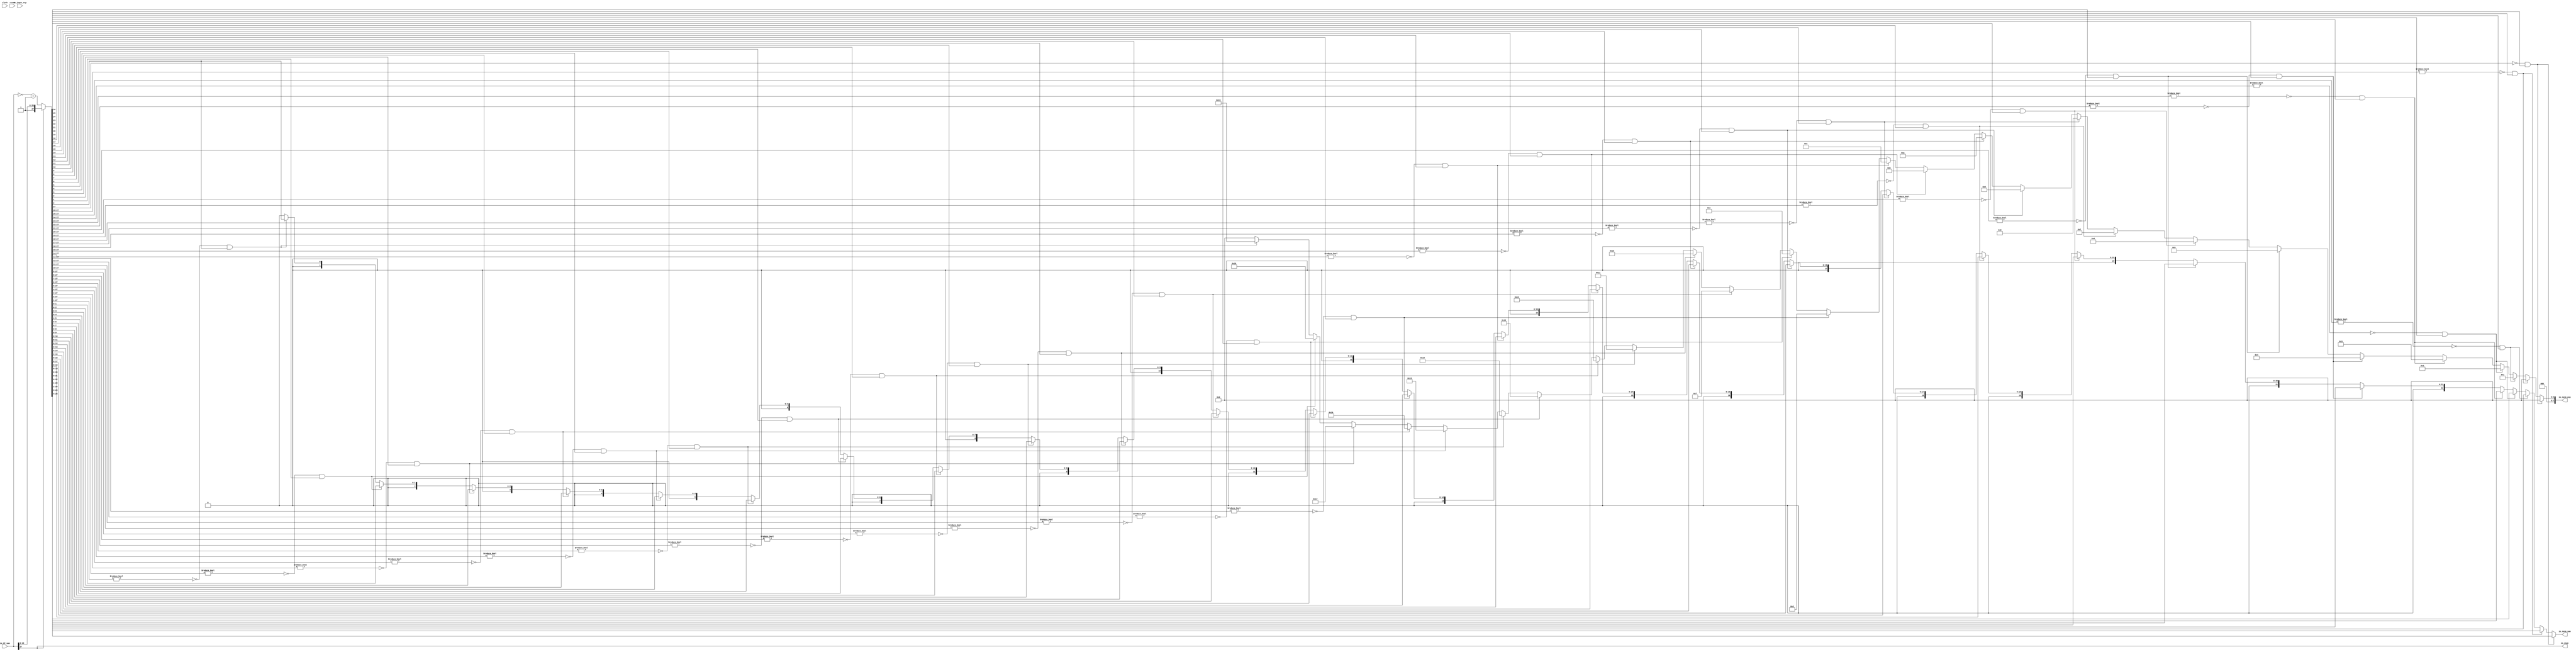
module final_norm_noSUB( // @[:@3.2]
  input         clock, // @[:@4.4]
  input         reset, // @[:@5.4]
  input  [8:0]  io_input_exp, // @[:@6.4]
  input  [27:0] io_PP_sum, // @[:@6.4]
  output [22:0] io_norm_sum, // @[:@6.4]
  output [7:0]  io_norm_exp, // @[:@6.4]
  output        io_sign // @[:@6.4]
);
  wire  POS_or_NEG; // @[norm.scala 14:32:@9.4]
  wire [27:0] _T_23; // @[norm.scala 18:51:@16.4]
  wire [28:0] _T_25; // @[norm.scala 18:62:@17.4]
  wire [27:0] _T_26; // @[norm.scala 18:62:@18.4]
  wire [27:0] unsign_sum; // @[norm.scala 18:22:@19.4]
  wire  _T_60; // @[norm.scala 22:42:@22.4]
  wire  _T_64; // @[norm.scala 22:53:@24.4]
  wire  _T_65; // @[norm.scala 22:73:@25.4]
  wire  leading_vector_26; // @[norm.scala 22:61:@27.4]
  wire [1:0] _T_72; // @[norm.scala 23:41:@30.4]
  wire  _T_74; // @[norm.scala 23:50:@31.4]
  wire  _T_76; // @[norm.scala 23:54:@32.4]
  wire  _T_77; // @[norm.scala 23:74:@33.4]
  wire  leading_vector_25; // @[norm.scala 23:62:@35.4]
  wire [2:0] _T_84; // @[norm.scala 24:41:@38.4]
  wire  _T_86; // @[norm.scala 24:50:@39.4]
  wire  _T_88; // @[norm.scala 24:54:@40.4]
  wire  _T_89; // @[norm.scala 24:74:@41.4]
  wire  leading_vector_24; // @[norm.scala 24:62:@43.4]
  wire [3:0] _T_96; // @[norm.scala 25:41:@46.4]
  wire  _T_98; // @[norm.scala 25:50:@47.4]
  wire  _T_100; // @[norm.scala 25:53:@48.4]
  wire  _T_101; // @[norm.scala 25:73:@49.4]
  wire  leading_vector_23; // @[norm.scala 25:61:@51.4]
  wire [4:0] _T_108; // @[norm.scala 26:41:@54.4]
  wire  _T_110; // @[norm.scala 26:50:@55.4]
  wire  _T_112; // @[norm.scala 26:53:@56.4]
  wire  _T_113; // @[norm.scala 26:73:@57.4]
  wire  leading_vector_22; // @[norm.scala 26:61:@59.4]
  wire [5:0] _T_120; // @[norm.scala 27:41:@62.4]
  wire  _T_122; // @[norm.scala 27:50:@63.4]
  wire  _T_124; // @[norm.scala 27:53:@64.4]
  wire  _T_125; // @[norm.scala 27:73:@65.4]
  wire  leading_vector_21; // @[norm.scala 27:61:@67.4]
  wire [6:0] _T_132; // @[norm.scala 28:41:@70.4]
  wire  _T_134; // @[norm.scala 28:50:@71.4]
  wire  _T_136; // @[norm.scala 28:54:@72.4]
  wire  _T_137; // @[norm.scala 28:74:@73.4]
  wire  leading_vector_20; // @[norm.scala 28:62:@75.4]
  wire [7:0] _T_144; // @[norm.scala 29:41:@78.4]
  wire  _T_146; // @[norm.scala 29:50:@79.4]
  wire  _T_148; // @[norm.scala 29:54:@80.4]
  wire  _T_149; // @[norm.scala 29:74:@81.4]
  wire  leading_vector_19; // @[norm.scala 29:62:@83.4]
  wire [8:0] _T_156; // @[norm.scala 30:41:@86.4]
  wire  _T_158; // @[norm.scala 30:50:@87.4]
  wire  _T_160; // @[norm.scala 30:54:@88.4]
  wire  _T_161; // @[norm.scala 30:74:@89.4]
  wire  leading_vector_18; // @[norm.scala 30:62:@91.4]
  wire [9:0] _T_168; // @[norm.scala 31:41:@94.4]
  wire  _T_170; // @[norm.scala 31:50:@95.4]
  wire  _T_172; // @[norm.scala 31:54:@96.4]
  wire  _T_173; // @[norm.scala 31:74:@97.4]
  wire  leading_vector_17; // @[norm.scala 31:62:@99.4]
  wire [10:0] _T_180; // @[norm.scala 32:41:@102.4]
  wire  _T_182; // @[norm.scala 32:50:@103.4]
  wire  _T_184; // @[norm.scala 32:54:@104.4]
  wire  _T_185; // @[norm.scala 32:74:@105.4]
  wire  leading_vector_16; // @[norm.scala 32:62:@107.4]
  wire [11:0] _T_192; // @[norm.scala 34:41:@110.4]
  wire  _T_194; // @[norm.scala 34:50:@111.4]
  wire  _T_196; // @[norm.scala 34:54:@112.4]
  wire  _T_197; // @[norm.scala 34:74:@113.4]
  wire  leading_vector_15; // @[norm.scala 34:62:@115.4]
  wire [12:0] _T_204; // @[norm.scala 35:41:@118.4]
  wire  _T_206; // @[norm.scala 35:50:@119.4]
  wire  _T_208; // @[norm.scala 35:54:@120.4]
  wire  _T_209; // @[norm.scala 35:74:@121.4]
  wire  leading_vector_14; // @[norm.scala 35:62:@123.4]
  wire [13:0] _T_216; // @[norm.scala 36:41:@126.4]
  wire  _T_218; // @[norm.scala 36:50:@127.4]
  wire  _T_220; // @[norm.scala 36:54:@128.4]
  wire  _T_221; // @[norm.scala 36:74:@129.4]
  wire  leading_vector_13; // @[norm.scala 36:62:@131.4]
  wire [14:0] _T_228; // @[norm.scala 37:41:@134.4]
  wire  _T_230; // @[norm.scala 37:50:@135.4]
  wire  _T_232; // @[norm.scala 37:54:@136.4]
  wire  _T_233; // @[norm.scala 37:74:@137.4]
  wire  leading_vector_12; // @[norm.scala 37:62:@139.4]
  wire [15:0] _T_240; // @[norm.scala 38:41:@142.4]
  wire  _T_242; // @[norm.scala 38:50:@143.4]
  wire  _T_244; // @[norm.scala 38:54:@144.4]
  wire  _T_245; // @[norm.scala 38:74:@145.4]
  wire  leading_vector_11; // @[norm.scala 38:62:@147.4]
  wire [16:0] _T_252; // @[norm.scala 40:41:@150.4]
  wire  _T_254; // @[norm.scala 40:50:@151.4]
  wire  _T_256; // @[norm.scala 40:54:@152.4]
  wire  _T_257; // @[norm.scala 40:74:@153.4]
  wire  leading_vector_10; // @[norm.scala 40:62:@155.4]
  wire [17:0] _T_264; // @[norm.scala 41:40:@158.4]
  wire  _T_266; // @[norm.scala 41:49:@159.4]
  wire  _T_268; // @[norm.scala 41:53:@160.4]
  wire  _T_269; // @[norm.scala 41:73:@161.4]
  wire  leading_vector_9; // @[norm.scala 41:61:@163.4]
  wire [18:0] _T_276; // @[norm.scala 42:40:@166.4]
  wire  _T_278; // @[norm.scala 42:48:@167.4]
  wire  _T_280; // @[norm.scala 42:52:@168.4]
  wire  _T_281; // @[norm.scala 42:72:@169.4]
  wire  leading_vector_8; // @[norm.scala 42:60:@171.4]
  wire [19:0] _T_288; // @[norm.scala 43:40:@174.4]
  wire  _T_290; // @[norm.scala 43:48:@175.4]
  wire  _T_292; // @[norm.scala 43:52:@176.4]
  wire  _T_293; // @[norm.scala 43:72:@177.4]
  wire  leading_vector_7; // @[norm.scala 43:60:@179.4]
  wire [20:0] _T_300; // @[norm.scala 44:40:@182.4]
  wire  _T_302; // @[norm.scala 44:48:@183.4]
  wire  _T_304; // @[norm.scala 44:52:@184.4]
  wire  _T_305; // @[norm.scala 44:72:@185.4]
  wire  leading_vector_6; // @[norm.scala 44:60:@187.4]
  wire [21:0] _T_312; // @[norm.scala 46:40:@190.4]
  wire  _T_314; // @[norm.scala 46:48:@191.4]
  wire  _T_316; // @[norm.scala 46:52:@192.4]
  wire  _T_317; // @[norm.scala 46:72:@193.4]
  wire  leading_vector_5; // @[norm.scala 46:60:@195.4]
  wire [22:0] _T_324; // @[norm.scala 47:40:@198.4]
  wire  _T_326; // @[norm.scala 47:48:@199.4]
  wire  _T_328; // @[norm.scala 47:52:@200.4]
  wire  _T_329; // @[norm.scala 47:72:@201.4]
  wire  leading_vector_4; // @[norm.scala 47:60:@203.4]
  wire [23:0] _T_336; // @[norm.scala 48:40:@206.4]
  wire  _T_338; // @[norm.scala 48:48:@207.4]
  wire  _T_340; // @[norm.scala 48:52:@208.4]
  wire  _T_341; // @[norm.scala 48:72:@209.4]
  wire  leading_vector_3; // @[norm.scala 48:60:@211.4]
  wire [24:0] _T_348; // @[norm.scala 49:40:@214.4]
  wire  _T_350; // @[norm.scala 49:48:@215.4]
  wire  _T_352; // @[norm.scala 49:52:@216.4]
  wire  _T_353; // @[norm.scala 49:72:@217.4]
  wire  leading_vector_2; // @[norm.scala 49:60:@219.4]
  wire [25:0] _T_360; // @[norm.scala 50:40:@222.4]
  wire  _T_362; // @[norm.scala 50:48:@223.4]
  wire  _T_364; // @[norm.scala 50:52:@224.4]
  wire  _T_365; // @[norm.scala 50:72:@225.4]
  wire  leading_vector_1; // @[norm.scala 50:60:@227.4]
  wire [26:0] _T_372; // @[norm.scala 51:40:@230.4]
  wire  _T_374; // @[norm.scala 51:48:@231.4]
  wire  _T_376; // @[norm.scala 51:52:@232.4]
  wire  _T_377; // @[norm.scala 51:72:@233.4]
  wire  leading_vector_0; // @[norm.scala 51:60:@235.4]
  wire [22:0] _T_386; // @[norm.scala 54:34:@240.6]
  wire [22:0] _T_390; // @[norm.scala 57:34:@247.8]
  wire [22:0] _T_394; // @[norm.scala 60:34:@254.10]
  wire [22:0] _T_398; // @[norm.scala 63:34:@261.12]
  wire [22:0] _T_402; // @[norm.scala 66:34:@268.14]
  wire [21:0] _T_407; // @[norm.scala 69:47:@275.16]
  wire [22:0] _T_408; // @[Cat.scala 30:58:@276.16]
  wire [20:0] _T_412; // @[norm.scala 72:34:@283.18]
  wire [19:0] _T_416; // @[norm.scala 75:34:@290.20]
  wire [18:0] _T_420; // @[norm.scala 78:34:@297.22]
  wire [17:0] _T_424; // @[norm.scala 81:34:@304.24]
  wire [16:0] _T_428; // @[norm.scala 84:34:@311.26]
  wire [15:0] _T_432; // @[norm.scala 87:34:@318.28]
  wire [14:0] _T_436; // @[norm.scala 90:34:@325.30]
  wire [13:0] _T_440; // @[norm.scala 93:34:@332.32]
  wire [12:0] _T_444; // @[norm.scala 96:34:@339.34]
  wire [11:0] _T_448; // @[norm.scala 99:34:@346.36]
  wire [10:0] _T_452; // @[norm.scala 102:34:@353.38]
  wire [9:0] _T_456; // @[norm.scala 105:34:@360.40]
  wire [8:0] _T_460; // @[norm.scala 108:34:@367.42]
  wire [7:0] _T_464; // @[norm.scala 111:34:@374.44]
  wire [6:0] _T_468; // @[norm.scala 114:34:@381.46]
  wire [5:0] _T_472; // @[norm.scala 117:34:@388.48]
  wire [4:0] _T_476; // @[norm.scala 120:34:@395.50]
  wire [3:0] _T_480; // @[norm.scala 123:34:@402.52]
  wire [2:0] _T_484; // @[norm.scala 126:34:@409.54]
  wire [1:0] _T_488; // @[norm.scala 129:34:@416.56]
  wire [22:0] _GEN_0; // @[norm.scala 131:43:@422.56]
  wire [7:0] _GEN_1; // @[norm.scala 131:43:@422.56]
  wire [22:0] _GEN_2; // @[norm.scala 128:43:@415.54]
  wire [7:0] _GEN_3; // @[norm.scala 128:43:@415.54]
  wire [22:0] _GEN_4; // @[norm.scala 125:43:@408.52]
  wire [7:0] _GEN_5; // @[norm.scala 125:43:@408.52]
  wire [22:0] _GEN_6; // @[norm.scala 122:43:@401.50]
  wire [7:0] _GEN_7; // @[norm.scala 122:43:@401.50]
  wire [22:0] _GEN_8; // @[norm.scala 119:43:@394.48]
  wire [7:0] _GEN_9; // @[norm.scala 119:43:@394.48]
  wire [22:0] _GEN_10; // @[norm.scala 116:43:@387.46]
  wire [7:0] _GEN_11; // @[norm.scala 116:43:@387.46]
  wire [22:0] _GEN_12; // @[norm.scala 113:43:@380.44]
  wire [7:0] _GEN_13; // @[norm.scala 113:43:@380.44]
  wire [22:0] _GEN_14; // @[norm.scala 110:43:@373.42]
  wire [7:0] _GEN_15; // @[norm.scala 110:43:@373.42]
  wire [22:0] _GEN_16; // @[norm.scala 107:43:@366.40]
  wire [7:0] _GEN_17; // @[norm.scala 107:43:@366.40]
  wire [22:0] _GEN_18; // @[norm.scala 104:43:@359.38]
  wire [7:0] _GEN_19; // @[norm.scala 104:43:@359.38]
  wire [22:0] _GEN_20; // @[norm.scala 101:44:@352.36]
  wire [7:0] _GEN_21; // @[norm.scala 101:44:@352.36]
  wire [22:0] _GEN_22; // @[norm.scala 98:44:@345.34]
  wire [7:0] _GEN_23; // @[norm.scala 98:44:@345.34]
  wire [22:0] _GEN_24; // @[norm.scala 95:44:@338.32]
  wire [7:0] _GEN_25; // @[norm.scala 95:44:@338.32]
  wire [22:0] _GEN_26; // @[norm.scala 92:44:@331.30]
  wire [7:0] _GEN_27; // @[norm.scala 92:44:@331.30]
  wire [22:0] _GEN_28; // @[norm.scala 89:44:@324.28]
  wire [7:0] _GEN_29; // @[norm.scala 89:44:@324.28]
  wire [22:0] _GEN_30; // @[norm.scala 86:44:@317.26]
  wire [7:0] _GEN_31; // @[norm.scala 86:44:@317.26]
  wire [22:0] _GEN_32; // @[norm.scala 83:44:@310.24]
  wire [7:0] _GEN_33; // @[norm.scala 83:44:@310.24]
  wire [22:0] _GEN_34; // @[norm.scala 80:44:@303.22]
  wire [7:0] _GEN_35; // @[norm.scala 80:44:@303.22]
  wire [22:0] _GEN_36; // @[norm.scala 77:44:@296.20]
  wire [7:0] _GEN_37; // @[norm.scala 77:44:@296.20]
  wire [22:0] _GEN_38; // @[norm.scala 74:44:@289.18]
  wire [7:0] _GEN_39; // @[norm.scala 74:44:@289.18]
  wire [22:0] _GEN_40; // @[norm.scala 71:44:@282.16]
  wire [7:0] _GEN_41; // @[norm.scala 71:44:@282.16]
  wire [22:0] _GEN_42; // @[norm.scala 68:44:@274.14]
  wire [7:0] _GEN_43; // @[norm.scala 68:44:@274.14]
  wire [22:0] _GEN_44; // @[norm.scala 65:44:@267.12]
  wire [7:0] _GEN_45; // @[norm.scala 65:44:@267.12]
  wire [22:0] _GEN_46; // @[norm.scala 62:44:@260.10]
  wire [7:0] _GEN_47; // @[norm.scala 62:44:@260.10]
  wire [22:0] _GEN_48; // @[norm.scala 59:45:@253.8]
  wire [7:0] _GEN_49; // @[norm.scala 59:45:@253.8]
  wire [22:0] _GEN_50; // @[norm.scala 56:44:@246.6]
  wire [7:0] _GEN_51; // @[norm.scala 56:44:@246.6]
  assign POS_or_NEG = io_PP_sum[27]; // @[norm.scala 14:32:@9.4]
  assign _T_23 = ~ io_PP_sum; // @[norm.scala 18:51:@16.4]
  assign _T_25 = _T_23 + 28'h1; // @[norm.scala 18:62:@17.4]
  assign _T_26 = _T_25[27:0]; // @[norm.scala 18:62:@18.4]
  assign unsign_sum = POS_or_NEG ? io_PP_sum : _T_26; // @[norm.scala 18:22:@19.4]
  assign _T_60 = unsign_sum[27]; // @[norm.scala 22:42:@22.4]
  assign _T_64 = _T_60 == 1'h0; // @[norm.scala 22:53:@24.4]
  assign _T_65 = unsign_sum[26]; // @[norm.scala 22:73:@25.4]
  assign leading_vector_26 = _T_64 & _T_65; // @[norm.scala 22:61:@27.4]
  assign _T_72 = unsign_sum[27:26]; // @[norm.scala 23:41:@30.4]
  assign _T_74 = _T_72 != 2'h0; // @[norm.scala 23:50:@31.4]
  assign _T_76 = _T_74 == 1'h0; // @[norm.scala 23:54:@32.4]
  assign _T_77 = unsign_sum[25]; // @[norm.scala 23:74:@33.4]
  assign leading_vector_25 = _T_76 & _T_77; // @[norm.scala 23:62:@35.4]
  assign _T_84 = unsign_sum[27:25]; // @[norm.scala 24:41:@38.4]
  assign _T_86 = _T_84 != 3'h0; // @[norm.scala 24:50:@39.4]
  assign _T_88 = _T_86 == 1'h0; // @[norm.scala 24:54:@40.4]
  assign _T_89 = unsign_sum[24]; // @[norm.scala 24:74:@41.4]
  assign leading_vector_24 = _T_88 & _T_89; // @[norm.scala 24:62:@43.4]
  assign _T_96 = unsign_sum[27:24]; // @[norm.scala 25:41:@46.4]
  assign _T_98 = _T_96 != 4'h0; // @[norm.scala 25:50:@47.4]
  assign _T_100 = _T_98 == 1'h0; // @[norm.scala 25:53:@48.4]
  assign _T_101 = unsign_sum[23]; // @[norm.scala 25:73:@49.4]
  assign leading_vector_23 = _T_100 & _T_101; // @[norm.scala 25:61:@51.4]
  assign _T_108 = unsign_sum[27:23]; // @[norm.scala 26:41:@54.4]
  assign _T_110 = _T_108 != 5'h0; // @[norm.scala 26:50:@55.4]
  assign _T_112 = _T_110 == 1'h0; // @[norm.scala 26:53:@56.4]
  assign _T_113 = unsign_sum[22]; // @[norm.scala 26:73:@57.4]
  assign leading_vector_22 = _T_112 & _T_113; // @[norm.scala 26:61:@59.4]
  assign _T_120 = unsign_sum[27:22]; // @[norm.scala 27:41:@62.4]
  assign _T_122 = _T_120 != 6'h0; // @[norm.scala 27:50:@63.4]
  assign _T_124 = _T_122 == 1'h0; // @[norm.scala 27:53:@64.4]
  assign _T_125 = unsign_sum[21]; // @[norm.scala 27:73:@65.4]
  assign leading_vector_21 = _T_124 & _T_125; // @[norm.scala 27:61:@67.4]
  assign _T_132 = unsign_sum[27:21]; // @[norm.scala 28:41:@70.4]
  assign _T_134 = _T_132 != 7'h0; // @[norm.scala 28:50:@71.4]
  assign _T_136 = _T_134 == 1'h0; // @[norm.scala 28:54:@72.4]
  assign _T_137 = unsign_sum[20]; // @[norm.scala 28:74:@73.4]
  assign leading_vector_20 = _T_136 & _T_137; // @[norm.scala 28:62:@75.4]
  assign _T_144 = unsign_sum[27:20]; // @[norm.scala 29:41:@78.4]
  assign _T_146 = _T_144 != 8'h0; // @[norm.scala 29:50:@79.4]
  assign _T_148 = _T_146 == 1'h0; // @[norm.scala 29:54:@80.4]
  assign _T_149 = unsign_sum[19]; // @[norm.scala 29:74:@81.4]
  assign leading_vector_19 = _T_148 & _T_149; // @[norm.scala 29:62:@83.4]
  assign _T_156 = unsign_sum[27:19]; // @[norm.scala 30:41:@86.4]
  assign _T_158 = _T_156 != 9'h0; // @[norm.scala 30:50:@87.4]
  assign _T_160 = _T_158 == 1'h0; // @[norm.scala 30:54:@88.4]
  assign _T_161 = unsign_sum[18]; // @[norm.scala 30:74:@89.4]
  assign leading_vector_18 = _T_160 & _T_161; // @[norm.scala 30:62:@91.4]
  assign _T_168 = unsign_sum[27:18]; // @[norm.scala 31:41:@94.4]
  assign _T_170 = _T_168 != 10'h0; // @[norm.scala 31:50:@95.4]
  assign _T_172 = _T_170 == 1'h0; // @[norm.scala 31:54:@96.4]
  assign _T_173 = unsign_sum[17]; // @[norm.scala 31:74:@97.4]
  assign leading_vector_17 = _T_172 & _T_173; // @[norm.scala 31:62:@99.4]
  assign _T_180 = unsign_sum[27:17]; // @[norm.scala 32:41:@102.4]
  assign _T_182 = _T_180 != 11'h0; // @[norm.scala 32:50:@103.4]
  assign _T_184 = _T_182 == 1'h0; // @[norm.scala 32:54:@104.4]
  assign _T_185 = unsign_sum[16]; // @[norm.scala 32:74:@105.4]
  assign leading_vector_16 = _T_184 & _T_185; // @[norm.scala 32:62:@107.4]
  assign _T_192 = unsign_sum[27:16]; // @[norm.scala 34:41:@110.4]
  assign _T_194 = _T_192 != 12'h0; // @[norm.scala 34:50:@111.4]
  assign _T_196 = _T_194 == 1'h0; // @[norm.scala 34:54:@112.4]
  assign _T_197 = unsign_sum[15]; // @[norm.scala 34:74:@113.4]
  assign leading_vector_15 = _T_196 & _T_197; // @[norm.scala 34:62:@115.4]
  assign _T_204 = unsign_sum[27:15]; // @[norm.scala 35:41:@118.4]
  assign _T_206 = _T_204 != 13'h0; // @[norm.scala 35:50:@119.4]
  assign _T_208 = _T_206 == 1'h0; // @[norm.scala 35:54:@120.4]
  assign _T_209 = unsign_sum[14]; // @[norm.scala 35:74:@121.4]
  assign leading_vector_14 = _T_208 & _T_209; // @[norm.scala 35:62:@123.4]
  assign _T_216 = unsign_sum[27:14]; // @[norm.scala 36:41:@126.4]
  assign _T_218 = _T_216 != 14'h0; // @[norm.scala 36:50:@127.4]
  assign _T_220 = _T_218 == 1'h0; // @[norm.scala 36:54:@128.4]
  assign _T_221 = unsign_sum[13]; // @[norm.scala 36:74:@129.4]
  assign leading_vector_13 = _T_220 & _T_221; // @[norm.scala 36:62:@131.4]
  assign _T_228 = unsign_sum[27:13]; // @[norm.scala 37:41:@134.4]
  assign _T_230 = _T_228 != 15'h0; // @[norm.scala 37:50:@135.4]
  assign _T_232 = _T_230 == 1'h0; // @[norm.scala 37:54:@136.4]
  assign _T_233 = unsign_sum[12]; // @[norm.scala 37:74:@137.4]
  assign leading_vector_12 = _T_232 & _T_233; // @[norm.scala 37:62:@139.4]
  assign _T_240 = unsign_sum[27:12]; // @[norm.scala 38:41:@142.4]
  assign _T_242 = _T_240 != 16'h0; // @[norm.scala 38:50:@143.4]
  assign _T_244 = _T_242 == 1'h0; // @[norm.scala 38:54:@144.4]
  assign _T_245 = unsign_sum[11]; // @[norm.scala 38:74:@145.4]
  assign leading_vector_11 = _T_244 & _T_245; // @[norm.scala 38:62:@147.4]
  assign _T_252 = unsign_sum[27:11]; // @[norm.scala 40:41:@150.4]
  assign _T_254 = _T_252 != 17'h0; // @[norm.scala 40:50:@151.4]
  assign _T_256 = _T_254 == 1'h0; // @[norm.scala 40:54:@152.4]
  assign _T_257 = unsign_sum[10]; // @[norm.scala 40:74:@153.4]
  assign leading_vector_10 = _T_256 & _T_257; // @[norm.scala 40:62:@155.4]
  assign _T_264 = unsign_sum[27:10]; // @[norm.scala 41:40:@158.4]
  assign _T_266 = _T_264 != 18'h0; // @[norm.scala 41:49:@159.4]
  assign _T_268 = _T_266 == 1'h0; // @[norm.scala 41:53:@160.4]
  assign _T_269 = unsign_sum[9]; // @[norm.scala 41:73:@161.4]
  assign leading_vector_9 = _T_268 & _T_269; // @[norm.scala 41:61:@163.4]
  assign _T_276 = unsign_sum[27:9]; // @[norm.scala 42:40:@166.4]
  assign _T_278 = _T_276 != 19'h0; // @[norm.scala 42:48:@167.4]
  assign _T_280 = _T_278 == 1'h0; // @[norm.scala 42:52:@168.4]
  assign _T_281 = unsign_sum[8]; // @[norm.scala 42:72:@169.4]
  assign leading_vector_8 = _T_280 & _T_281; // @[norm.scala 42:60:@171.4]
  assign _T_288 = unsign_sum[27:8]; // @[norm.scala 43:40:@174.4]
  assign _T_290 = _T_288 != 20'h0; // @[norm.scala 43:48:@175.4]
  assign _T_292 = _T_290 == 1'h0; // @[norm.scala 43:52:@176.4]
  assign _T_293 = unsign_sum[7]; // @[norm.scala 43:72:@177.4]
  assign leading_vector_7 = _T_292 & _T_293; // @[norm.scala 43:60:@179.4]
  assign _T_300 = unsign_sum[27:7]; // @[norm.scala 44:40:@182.4]
  assign _T_302 = _T_300 != 21'h0; // @[norm.scala 44:48:@183.4]
  assign _T_304 = _T_302 == 1'h0; // @[norm.scala 44:52:@184.4]
  assign _T_305 = unsign_sum[6]; // @[norm.scala 44:72:@185.4]
  assign leading_vector_6 = _T_304 & _T_305; // @[norm.scala 44:60:@187.4]
  assign _T_312 = unsign_sum[27:6]; // @[norm.scala 46:40:@190.4]
  assign _T_314 = _T_312 != 22'h0; // @[norm.scala 46:48:@191.4]
  assign _T_316 = _T_314 == 1'h0; // @[norm.scala 46:52:@192.4]
  assign _T_317 = unsign_sum[5]; // @[norm.scala 46:72:@193.4]
  assign leading_vector_5 = _T_316 & _T_317; // @[norm.scala 46:60:@195.4]
  assign _T_324 = unsign_sum[27:5]; // @[norm.scala 47:40:@198.4]
  assign _T_326 = _T_324 != 23'h0; // @[norm.scala 47:48:@199.4]
  assign _T_328 = _T_326 == 1'h0; // @[norm.scala 47:52:@200.4]
  assign _T_329 = unsign_sum[4]; // @[norm.scala 47:72:@201.4]
  assign leading_vector_4 = _T_328 & _T_329; // @[norm.scala 47:60:@203.4]
  assign _T_336 = unsign_sum[27:4]; // @[norm.scala 48:40:@206.4]
  assign _T_338 = _T_336 != 24'h0; // @[norm.scala 48:48:@207.4]
  assign _T_340 = _T_338 == 1'h0; // @[norm.scala 48:52:@208.4]
  assign _T_341 = unsign_sum[3]; // @[norm.scala 48:72:@209.4]
  assign leading_vector_3 = _T_340 & _T_341; // @[norm.scala 48:60:@211.4]
  assign _T_348 = unsign_sum[27:3]; // @[norm.scala 49:40:@214.4]
  assign _T_350 = _T_348 != 25'h0; // @[norm.scala 49:48:@215.4]
  assign _T_352 = _T_350 == 1'h0; // @[norm.scala 49:52:@216.4]
  assign _T_353 = unsign_sum[2]; // @[norm.scala 49:72:@217.4]
  assign leading_vector_2 = _T_352 & _T_353; // @[norm.scala 49:60:@219.4]
  assign _T_360 = unsign_sum[27:2]; // @[norm.scala 50:40:@222.4]
  assign _T_362 = _T_360 != 26'h0; // @[norm.scala 50:48:@223.4]
  assign _T_364 = _T_362 == 1'h0; // @[norm.scala 50:52:@224.4]
  assign _T_365 = unsign_sum[1]; // @[norm.scala 50:72:@225.4]
  assign leading_vector_1 = _T_364 & _T_365; // @[norm.scala 50:60:@227.4]
  assign _T_372 = unsign_sum[27:1]; // @[norm.scala 51:40:@230.4]
  assign _T_374 = _T_372 != 27'h0; // @[norm.scala 51:48:@231.4]
  assign _T_376 = _T_374 == 1'h0; // @[norm.scala 51:52:@232.4]
  assign _T_377 = unsign_sum[0]; // @[norm.scala 51:72:@233.4]
  assign leading_vector_0 = _T_376 & _T_377; // @[norm.scala 51:60:@235.4]
  assign _T_386 = unsign_sum[26:4]; // @[norm.scala 54:34:@240.6]
  assign _T_390 = unsign_sum[25:3]; // @[norm.scala 57:34:@247.8]
  assign _T_394 = unsign_sum[24:2]; // @[norm.scala 60:34:@254.10]
  assign _T_398 = unsign_sum[23:1]; // @[norm.scala 63:34:@261.12]
  assign _T_402 = unsign_sum[22:0]; // @[norm.scala 66:34:@268.14]
  assign _T_407 = unsign_sum[21:0]; // @[norm.scala 69:47:@275.16]
  assign _T_408 = {1'h0,_T_407}; // @[Cat.scala 30:58:@276.16]
  assign _T_412 = unsign_sum[20:0]; // @[norm.scala 72:34:@283.18]
  assign _T_416 = unsign_sum[19:0]; // @[norm.scala 75:34:@290.20]
  assign _T_420 = unsign_sum[18:0]; // @[norm.scala 78:34:@297.22]
  assign _T_424 = unsign_sum[17:0]; // @[norm.scala 81:34:@304.24]
  assign _T_428 = unsign_sum[16:0]; // @[norm.scala 84:34:@311.26]
  assign _T_432 = unsign_sum[15:0]; // @[norm.scala 87:34:@318.28]
  assign _T_436 = unsign_sum[14:0]; // @[norm.scala 90:34:@325.30]
  assign _T_440 = unsign_sum[13:0]; // @[norm.scala 93:34:@332.32]
  assign _T_444 = unsign_sum[12:0]; // @[norm.scala 96:34:@339.34]
  assign _T_448 = unsign_sum[11:0]; // @[norm.scala 99:34:@346.36]
  assign _T_452 = unsign_sum[10:0]; // @[norm.scala 102:34:@353.38]
  assign _T_456 = unsign_sum[9:0]; // @[norm.scala 105:34:@360.40]
  assign _T_460 = unsign_sum[8:0]; // @[norm.scala 108:34:@367.42]
  assign _T_464 = unsign_sum[7:0]; // @[norm.scala 111:34:@374.44]
  assign _T_468 = unsign_sum[6:0]; // @[norm.scala 114:34:@381.46]
  assign _T_472 = unsign_sum[5:0]; // @[norm.scala 117:34:@388.48]
  assign _T_476 = unsign_sum[4:0]; // @[norm.scala 120:34:@395.50]
  assign _T_480 = unsign_sum[3:0]; // @[norm.scala 123:34:@402.52]
  assign _T_484 = unsign_sum[2:0]; // @[norm.scala 126:34:@409.54]
  assign _T_488 = unsign_sum[1:0]; // @[norm.scala 129:34:@416.56]
  assign _GEN_0 = leading_vector_0 ? {{22'd0}, _T_377} : 23'h0; // @[norm.scala 131:43:@422.56]
  assign _GEN_1 = leading_vector_0 ? 8'h19 : 8'h0; // @[norm.scala 131:43:@422.56]
  assign _GEN_2 = leading_vector_1 ? {{21'd0}, _T_488} : _GEN_0; // @[norm.scala 128:43:@415.54]
  assign _GEN_3 = leading_vector_1 ? 8'h18 : _GEN_1; // @[norm.scala 128:43:@415.54]
  assign _GEN_4 = leading_vector_2 ? {{20'd0}, _T_484} : _GEN_2; // @[norm.scala 125:43:@408.52]
  assign _GEN_5 = leading_vector_2 ? 8'h17 : _GEN_3; // @[norm.scala 125:43:@408.52]
  assign _GEN_6 = leading_vector_3 ? {{19'd0}, _T_480} : _GEN_4; // @[norm.scala 122:43:@401.50]
  assign _GEN_7 = leading_vector_3 ? 8'h16 : _GEN_5; // @[norm.scala 122:43:@401.50]
  assign _GEN_8 = leading_vector_4 ? {{18'd0}, _T_476} : _GEN_6; // @[norm.scala 119:43:@394.48]
  assign _GEN_9 = leading_vector_4 ? 8'h15 : _GEN_7; // @[norm.scala 119:43:@394.48]
  assign _GEN_10 = leading_vector_5 ? {{17'd0}, _T_472} : _GEN_8; // @[norm.scala 116:43:@387.46]
  assign _GEN_11 = leading_vector_5 ? 8'h14 : _GEN_9; // @[norm.scala 116:43:@387.46]
  assign _GEN_12 = leading_vector_6 ? {{16'd0}, _T_468} : _GEN_10; // @[norm.scala 113:43:@380.44]
  assign _GEN_13 = leading_vector_6 ? 8'h13 : _GEN_11; // @[norm.scala 113:43:@380.44]
  assign _GEN_14 = leading_vector_7 ? {{15'd0}, _T_464} : _GEN_12; // @[norm.scala 110:43:@373.42]
  assign _GEN_15 = leading_vector_7 ? 8'h12 : _GEN_13; // @[norm.scala 110:43:@373.42]
  assign _GEN_16 = leading_vector_8 ? {{14'd0}, _T_460} : _GEN_14; // @[norm.scala 107:43:@366.40]
  assign _GEN_17 = leading_vector_8 ? 8'h11 : _GEN_15; // @[norm.scala 107:43:@366.40]
  assign _GEN_18 = leading_vector_9 ? {{13'd0}, _T_456} : _GEN_16; // @[norm.scala 104:43:@359.38]
  assign _GEN_19 = leading_vector_9 ? 8'h10 : _GEN_17; // @[norm.scala 104:43:@359.38]
  assign _GEN_20 = leading_vector_10 ? {{12'd0}, _T_452} : _GEN_18; // @[norm.scala 101:44:@352.36]
  assign _GEN_21 = leading_vector_10 ? 8'hf : _GEN_19; // @[norm.scala 101:44:@352.36]
  assign _GEN_22 = leading_vector_11 ? {{11'd0}, _T_448} : _GEN_20; // @[norm.scala 98:44:@345.34]
  assign _GEN_23 = leading_vector_11 ? 8'he : _GEN_21; // @[norm.scala 98:44:@345.34]
  assign _GEN_24 = leading_vector_12 ? {{10'd0}, _T_444} : _GEN_22; // @[norm.scala 95:44:@338.32]
  assign _GEN_25 = leading_vector_12 ? 8'hd : _GEN_23; // @[norm.scala 95:44:@338.32]
  assign _GEN_26 = leading_vector_13 ? {{9'd0}, _T_440} : _GEN_24; // @[norm.scala 92:44:@331.30]
  assign _GEN_27 = leading_vector_13 ? 8'hc : _GEN_25; // @[norm.scala 92:44:@331.30]
  assign _GEN_28 = leading_vector_14 ? {{8'd0}, _T_436} : _GEN_26; // @[norm.scala 89:44:@324.28]
  assign _GEN_29 = leading_vector_14 ? 8'hb : _GEN_27; // @[norm.scala 89:44:@324.28]
  assign _GEN_30 = leading_vector_15 ? {{7'd0}, _T_432} : _GEN_28; // @[norm.scala 86:44:@317.26]
  assign _GEN_31 = leading_vector_15 ? 8'ha : _GEN_29; // @[norm.scala 86:44:@317.26]
  assign _GEN_32 = leading_vector_16 ? {{6'd0}, _T_428} : _GEN_30; // @[norm.scala 83:44:@310.24]
  assign _GEN_33 = leading_vector_16 ? 8'h9 : _GEN_31; // @[norm.scala 83:44:@310.24]
  assign _GEN_34 = leading_vector_17 ? {{5'd0}, _T_424} : _GEN_32; // @[norm.scala 80:44:@303.22]
  assign _GEN_35 = leading_vector_17 ? 8'h8 : _GEN_33; // @[norm.scala 80:44:@303.22]
  assign _GEN_36 = leading_vector_18 ? {{4'd0}, _T_420} : _GEN_34; // @[norm.scala 77:44:@296.20]
  assign _GEN_37 = leading_vector_18 ? 8'h7 : _GEN_35; // @[norm.scala 77:44:@296.20]
  assign _GEN_38 = leading_vector_19 ? {{3'd0}, _T_416} : _GEN_36; // @[norm.scala 74:44:@289.18]
  assign _GEN_39 = leading_vector_19 ? 8'h6 : _GEN_37; // @[norm.scala 74:44:@289.18]
  assign _GEN_40 = leading_vector_20 ? {{2'd0}, _T_412} : _GEN_38; // @[norm.scala 71:44:@282.16]
  assign _GEN_41 = leading_vector_20 ? 8'h5 : _GEN_39; // @[norm.scala 71:44:@282.16]
  assign _GEN_42 = leading_vector_21 ? _T_408 : _GEN_40; // @[norm.scala 68:44:@274.14]
  assign _GEN_43 = leading_vector_21 ? 8'h4 : _GEN_41; // @[norm.scala 68:44:@274.14]
  assign _GEN_44 = leading_vector_22 ? _T_402 : _GEN_42; // @[norm.scala 65:44:@267.12]
  assign _GEN_45 = leading_vector_22 ? 8'h3 : _GEN_43; // @[norm.scala 65:44:@267.12]
  assign _GEN_46 = leading_vector_23 ? _T_398 : _GEN_44; // @[norm.scala 62:44:@260.10]
  assign _GEN_47 = leading_vector_23 ? 8'h2 : _GEN_45; // @[norm.scala 62:44:@260.10]
  assign _GEN_48 = leading_vector_24 ? _T_394 : _GEN_46; // @[norm.scala 59:45:@253.8]
  assign _GEN_49 = leading_vector_24 ? 8'h1 : _GEN_47; // @[norm.scala 59:45:@253.8]
  assign _GEN_50 = leading_vector_25 ? _T_390 : _GEN_48; // @[norm.scala 56:44:@246.6]
  assign _GEN_51 = leading_vector_25 ? 8'h0 : _GEN_49; // @[norm.scala 56:44:@246.6]
  assign io_norm_sum = leading_vector_26 ? _T_386 : _GEN_50; // @[norm.scala 54:21:@241.6 norm.scala 57:21:@248.8 norm.scala 60:21:@255.10 norm.scala 63:21:@262.12 norm.scala 66:21:@269.14 norm.scala 69:21:@277.16 norm.scala 72:21:@284.18 norm.scala 75:21:@291.20 norm.scala 78:21:@298.22 norm.scala 81:21:@305.24 norm.scala 84:21:@312.26 norm.scala 87:21:@319.28 norm.scala 90:21:@326.30 norm.scala 93:21:@333.32 norm.scala 96:21:@340.34 norm.scala 99:21:@347.36 norm.scala 102:21:@354.38 norm.scala 105:21:@361.40 norm.scala 108:21:@368.42 norm.scala 111:21:@375.44 norm.scala 114:21:@382.46 norm.scala 117:21:@389.48 norm.scala 120:21:@396.50 norm.scala 123:21:@403.52 norm.scala 126:21:@410.54 norm.scala 129:21:@417.56 norm.scala 132:21:@424.58 norm.scala 135:21:@428.58]
  assign io_norm_exp = leading_vector_26 ? 8'h0 : _GEN_51; // @[norm.scala 55:21:@242.6 norm.scala 58:21:@249.8 norm.scala 61:21:@256.10 norm.scala 64:21:@263.12 norm.scala 67:21:@270.14 norm.scala 70:21:@278.16 norm.scala 73:21:@285.18 norm.scala 76:21:@292.20 norm.scala 79:21:@299.22 norm.scala 82:21:@306.24 norm.scala 85:21:@313.26 norm.scala 88:21:@320.28 norm.scala 91:21:@327.30 norm.scala 94:21:@334.32 norm.scala 97:21:@341.34 norm.scala 100:21:@348.36 norm.scala 103:21:@355.38 norm.scala 106:21:@362.40 norm.scala 109:21:@369.42 norm.scala 112:21:@376.44 norm.scala 115:21:@383.46 norm.scala 118:21:@390.48 norm.scala 121:21:@397.50 norm.scala 124:21:@404.52 norm.scala 127:21:@411.54 norm.scala 130:21:@418.56 norm.scala 133:21:@425.58 norm.scala 136:21:@429.58]
  assign io_sign = io_PP_sum[27]; // @[norm.scala 15:13:@13.4]
endmodule